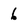
Character: 6